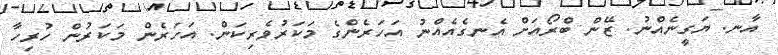
އާނ. ޔަގީނެެއްނު. ޒޭން ބްރޯއަށް އެނގެއެއްނު އަހަރެންގެ މަކަރުވެރިކަން. އަހަރެން މަކަރުން ހުރިހާ